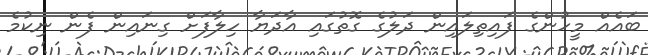
ބައެއް މީހުންގެ ފައިތިލައިން ދަލުގެ ގޮތުގައި އާދަޔާ ހިލާފަށް ގިނައިން ފެން ނިކުމެ